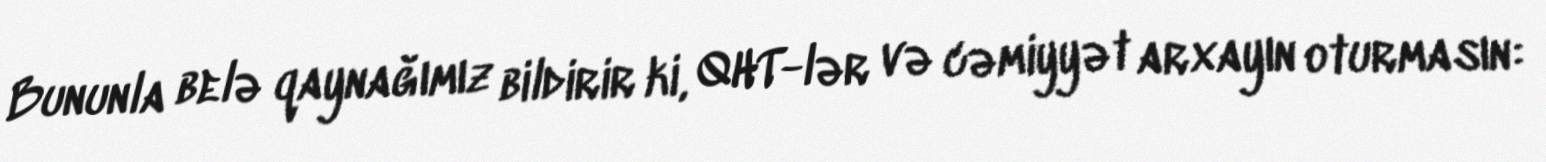
Bununla belə qaynağımız bildirir ki, QHT-lər və cəmiyyət arxayın oturmasın: